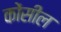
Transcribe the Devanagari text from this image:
कोंसील